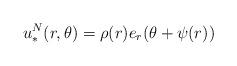
LaTeX: \begin{align*}u_{\ast}^{N}(r,\theta) = \rho (r) e_r( \theta + \psi(r))\end{align*}